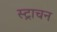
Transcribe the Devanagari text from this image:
स्ट्राचन